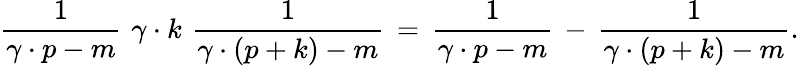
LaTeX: \frac{1}{\gamma\cdot p-m}\, \, \gamma\cdot k\, \, \frac{1}{\gamma\cdot(p+k)-m}\, =\, \frac{1}{\gamma\cdot p-m}\, -\, \frac{1}{\gamma\cdot(p+k)-m}.